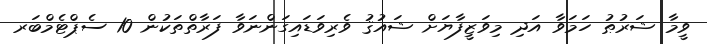
ވީމާ ޝަރުޠު ހަމަވާ އަދި މިވަޒީފާޔަށް ޝައުޤު ވެރިވަޑައިގަންނަވާ ފަރާތްތަކުން 10 ސެޕްޓެމްބަރ